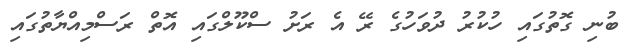
ބުނި ގޮތުގައި ހުކުރު ދުވަހުގެ ރޭ އެ ރަށު ސްކޫލްގައި އޮތް ރަސްމިއްޔާތުގައި